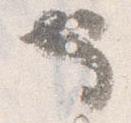
也